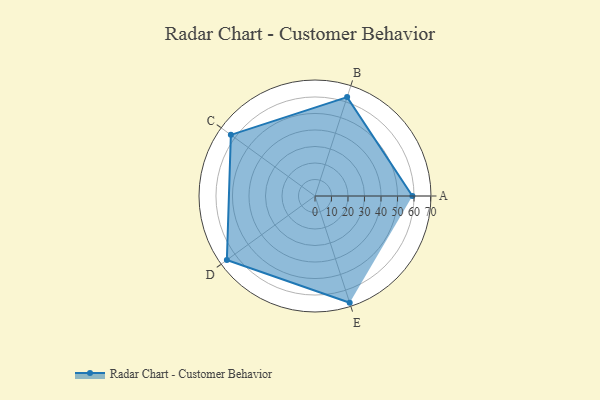
{"axis": {"x": "Skill", "y": "Score"}, "legend": ["Profile"], "data": [{"x": "A", "y": 59.0, "type": "Profile"}, {"x": "B", "y": 63.0, "type": "Profile"}, {"x": "C", "y": 63.0, "type": "Profile"}, {"x": "D", "y": 66.0, "type": "Profile"}, {"x": "E", "y": 68.0, "type": "Profile"}]}